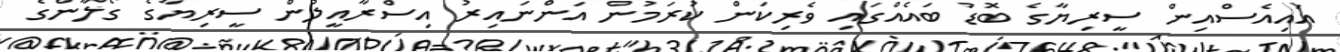
އައިއެސްއިން ސީރިޔާގެ ބޮޑު ބައެއްގައި ވެރިކަން ކުރަމުން އަންނައިރު އިސްރާއީލުން ސީރިޔާގެ ގޯލާންގެ